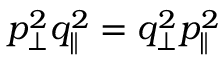
p _ { \perp } ^ { 2 } q _ { \parallel } ^ { 2 } = q _ { \perp } ^ { 2 } p _ { \parallel } ^ { 2 }